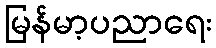
မြန်မာ့ပညာရေး